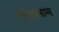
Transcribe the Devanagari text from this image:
दीक्षानाम